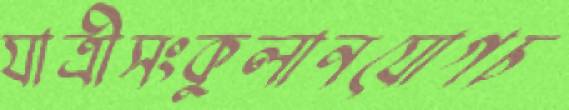
যাত্রীসংকুলানযোগচ